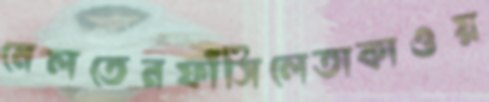
মেলতেনফাঁসিলেতাকাওয়